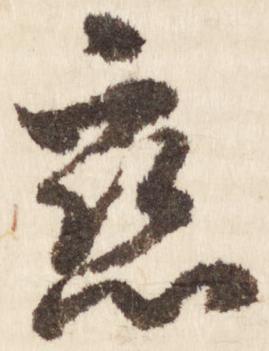
恋